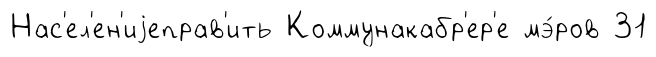
Нас'ел'ен'иjеправ'ить Коммунакабр'ер'е мэ́ров 31